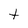
Character: t